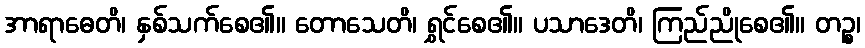
အာရာဓေတိ၊ နှစ်သက်စေ၏။ တောသေတိ၊ ရွှင်စေ၏။ ပသာဒေတိ၊ ကြည်ညိုစေ၏။ တဉ္စ၊